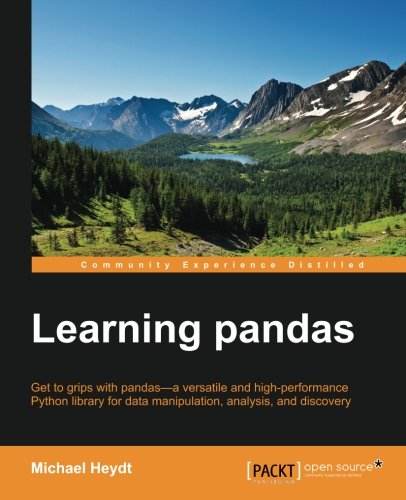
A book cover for Learning Pandas - Python Data Discovery and Analysis Made Easy; Michael Heydt; Computers & Technology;